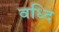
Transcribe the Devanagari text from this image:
वध्दि